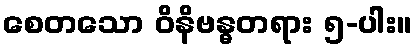
စေတသော ဝိနိဗန္ဓတရား ၅-ပါး။